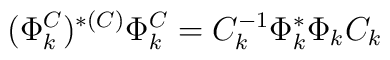
(\Phi_k^C)^{*(C)}\Phi_k^C=C_k^{-1}\Phi_k^*\Phi_kC_k